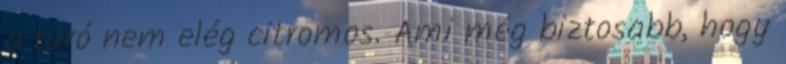
a túró nem elég citromos. Ami még biztosabb, hogy